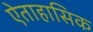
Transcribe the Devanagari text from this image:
ऐताहासिक